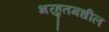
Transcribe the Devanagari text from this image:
भरहुतमधील